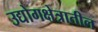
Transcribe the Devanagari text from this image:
उद्योगक्षेत्रातील